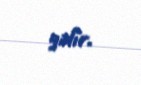
gəlir.